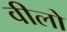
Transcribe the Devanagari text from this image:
वीलो